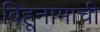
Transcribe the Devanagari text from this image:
बिहूनामाची